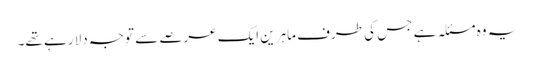
یہ وہ مسئلہ ہے جس کی طرف ماہرین ایک عرصے سے توجہ دلا رہے تھے۔